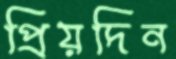
প্রিয়দিন